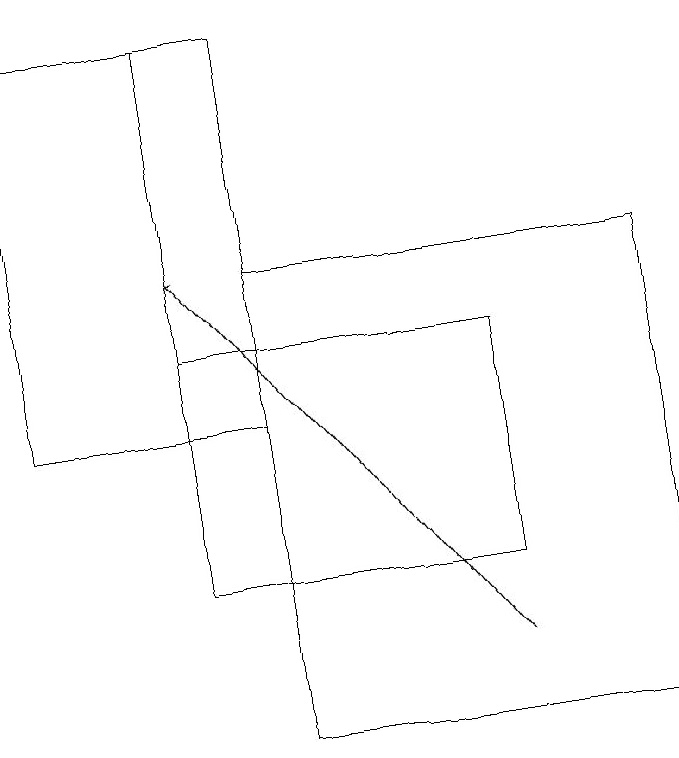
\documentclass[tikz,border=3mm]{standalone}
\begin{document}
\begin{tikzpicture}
\draw[->] (6,11) -- (2,16);
\draw (2,12) rectangle (3,19);
\draw (2,15) rectangle (6,12);
\draw (0,14) rectangle (3,19);
\draw (3,16) rectangle (8,10);
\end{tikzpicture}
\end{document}